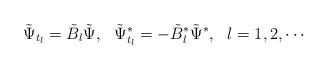
LaTeX: \begin{align*}\tilde \Psi_{t_l}= \tilde B_l \tilde \Psi, \ \ \tilde \Psi^*_{t_l}= - \tilde B_l^* \tilde \Psi^* ,\ \ l=1,2,\cdots\end{align*}